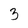
Character: 3